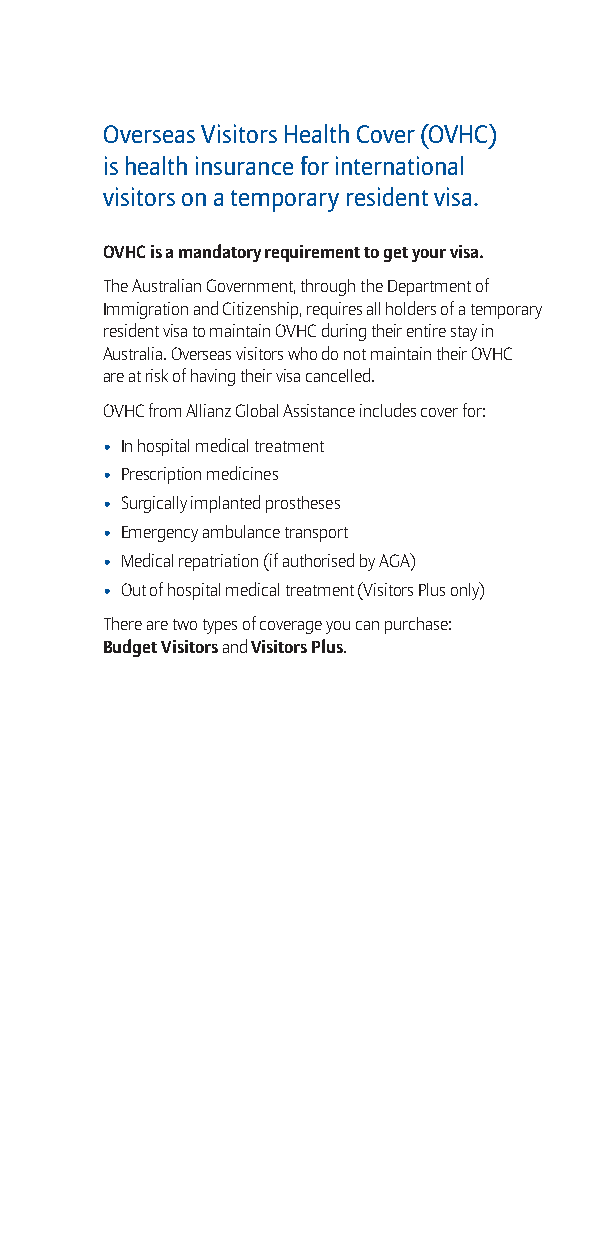
Overseas Visitors Health Cover (OVHC)
 is health insurance for international
 visitors on a temporary resident visa.
 OVHC is a mandatory requirement to get your visa.
 The Australian Government, through the Department of
 Immigration and Citizenship, requires all holders of a temporary
 resident visa to maintain OVHC during their entire stay in
 Australia. Overseas visitors who do not maintain their OVHC
 are at risk of having their visa cancelled.
 OVHC from Allianz Global Assistance includes cover for:
 • In hospital medical treatment
 • Prescription medicines
 • Surgically implanted prostheses
 • Emergency ambulance transport
 • Medical repatriation (if authorised by AGA)
 • Out of hospital medical treatment (Visitors Plus only)
 There are two types of coverage you can purchase:
 Budget Visitors and Visitors Plus.